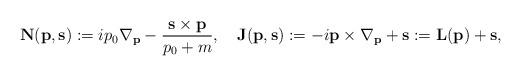
LaTeX: \begin{align*}{\bf N}({\bf p},{\bf s}):=ip_0{\nabla}_{\bf p}-\frac{{\bf s}\times{\bf p}}{p_0+m},\quad{\bf J}({\bf p},{\bf s}):=-i{\bf p}\times{\bf \nabla}_{\bf p}+{\bf s}:={\bf L}({\bf p})+{\bf s},\end{align*}